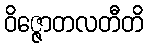
ဝိဇ္ဇောတလတီတိ